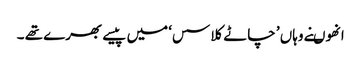
انھوںنے وہاں ’ چاٹے کلاسس‘ میں پیسے بھرے تھے ۔